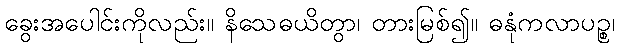
ခွေးအပေါင်းကိုလည်း။ နိသေဓယိတွာ၊ တားမြစ်၍။ ဓနုံကလာပဉ္စ၊